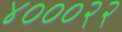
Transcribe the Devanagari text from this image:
४०००२२